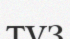
түз